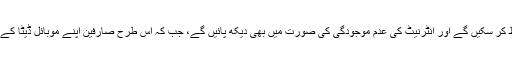
اس طرح اب صارفین ویڈیوز کو محفوظ کر سکیں گے اور انٹرنیٹ کی عدم موجودگی کی صورت میں بھی دیکھ پائیں گے، جب کہ اس طرح صارفین اپنے موبائل ڈیٹا کے استعمال کی نگرانی بھی کر پائیں گے۔